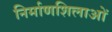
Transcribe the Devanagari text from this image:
निर्माणशिलाओं